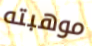
موهبته